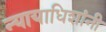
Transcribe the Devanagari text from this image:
न्यायाधिशांनी